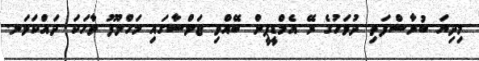
މިދިޔަ ބުރާސްފަތި ދުވަހުގެ ރޭ އެމްޑީޕީން ބޭއްވި ޖަލްސާގައި މަހްލޫފު ވާހަކަ ދައްކަވަނ.